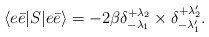
\begin{align*}\langle e\bar{e}|S|e\bar{e}\rangle = -2\beta\delta^{+\lambda_2}_{-\lambda_1}\times\delta^{+\lambda_2'}_{-\lambda_1'}.\end{align*}